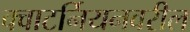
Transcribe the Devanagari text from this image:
क्वाटर्नियनवरील